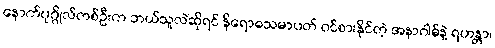
နောက်ပုဂ္ဂိုလ်တစ်ဦးက ဘယ်သူလဲဆိုရင် နိရောဓသမာပတ် ဝင်စားနိုင်တဲ့ အနာဂါမ်နဲ့ ရဟန္တာ၊